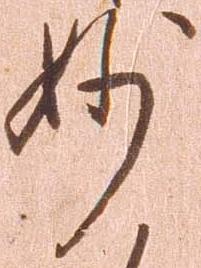
神